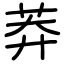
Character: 莽